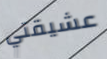
عشيقتي